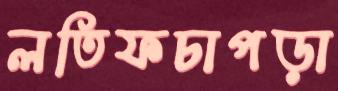
লতিফচাপড়া